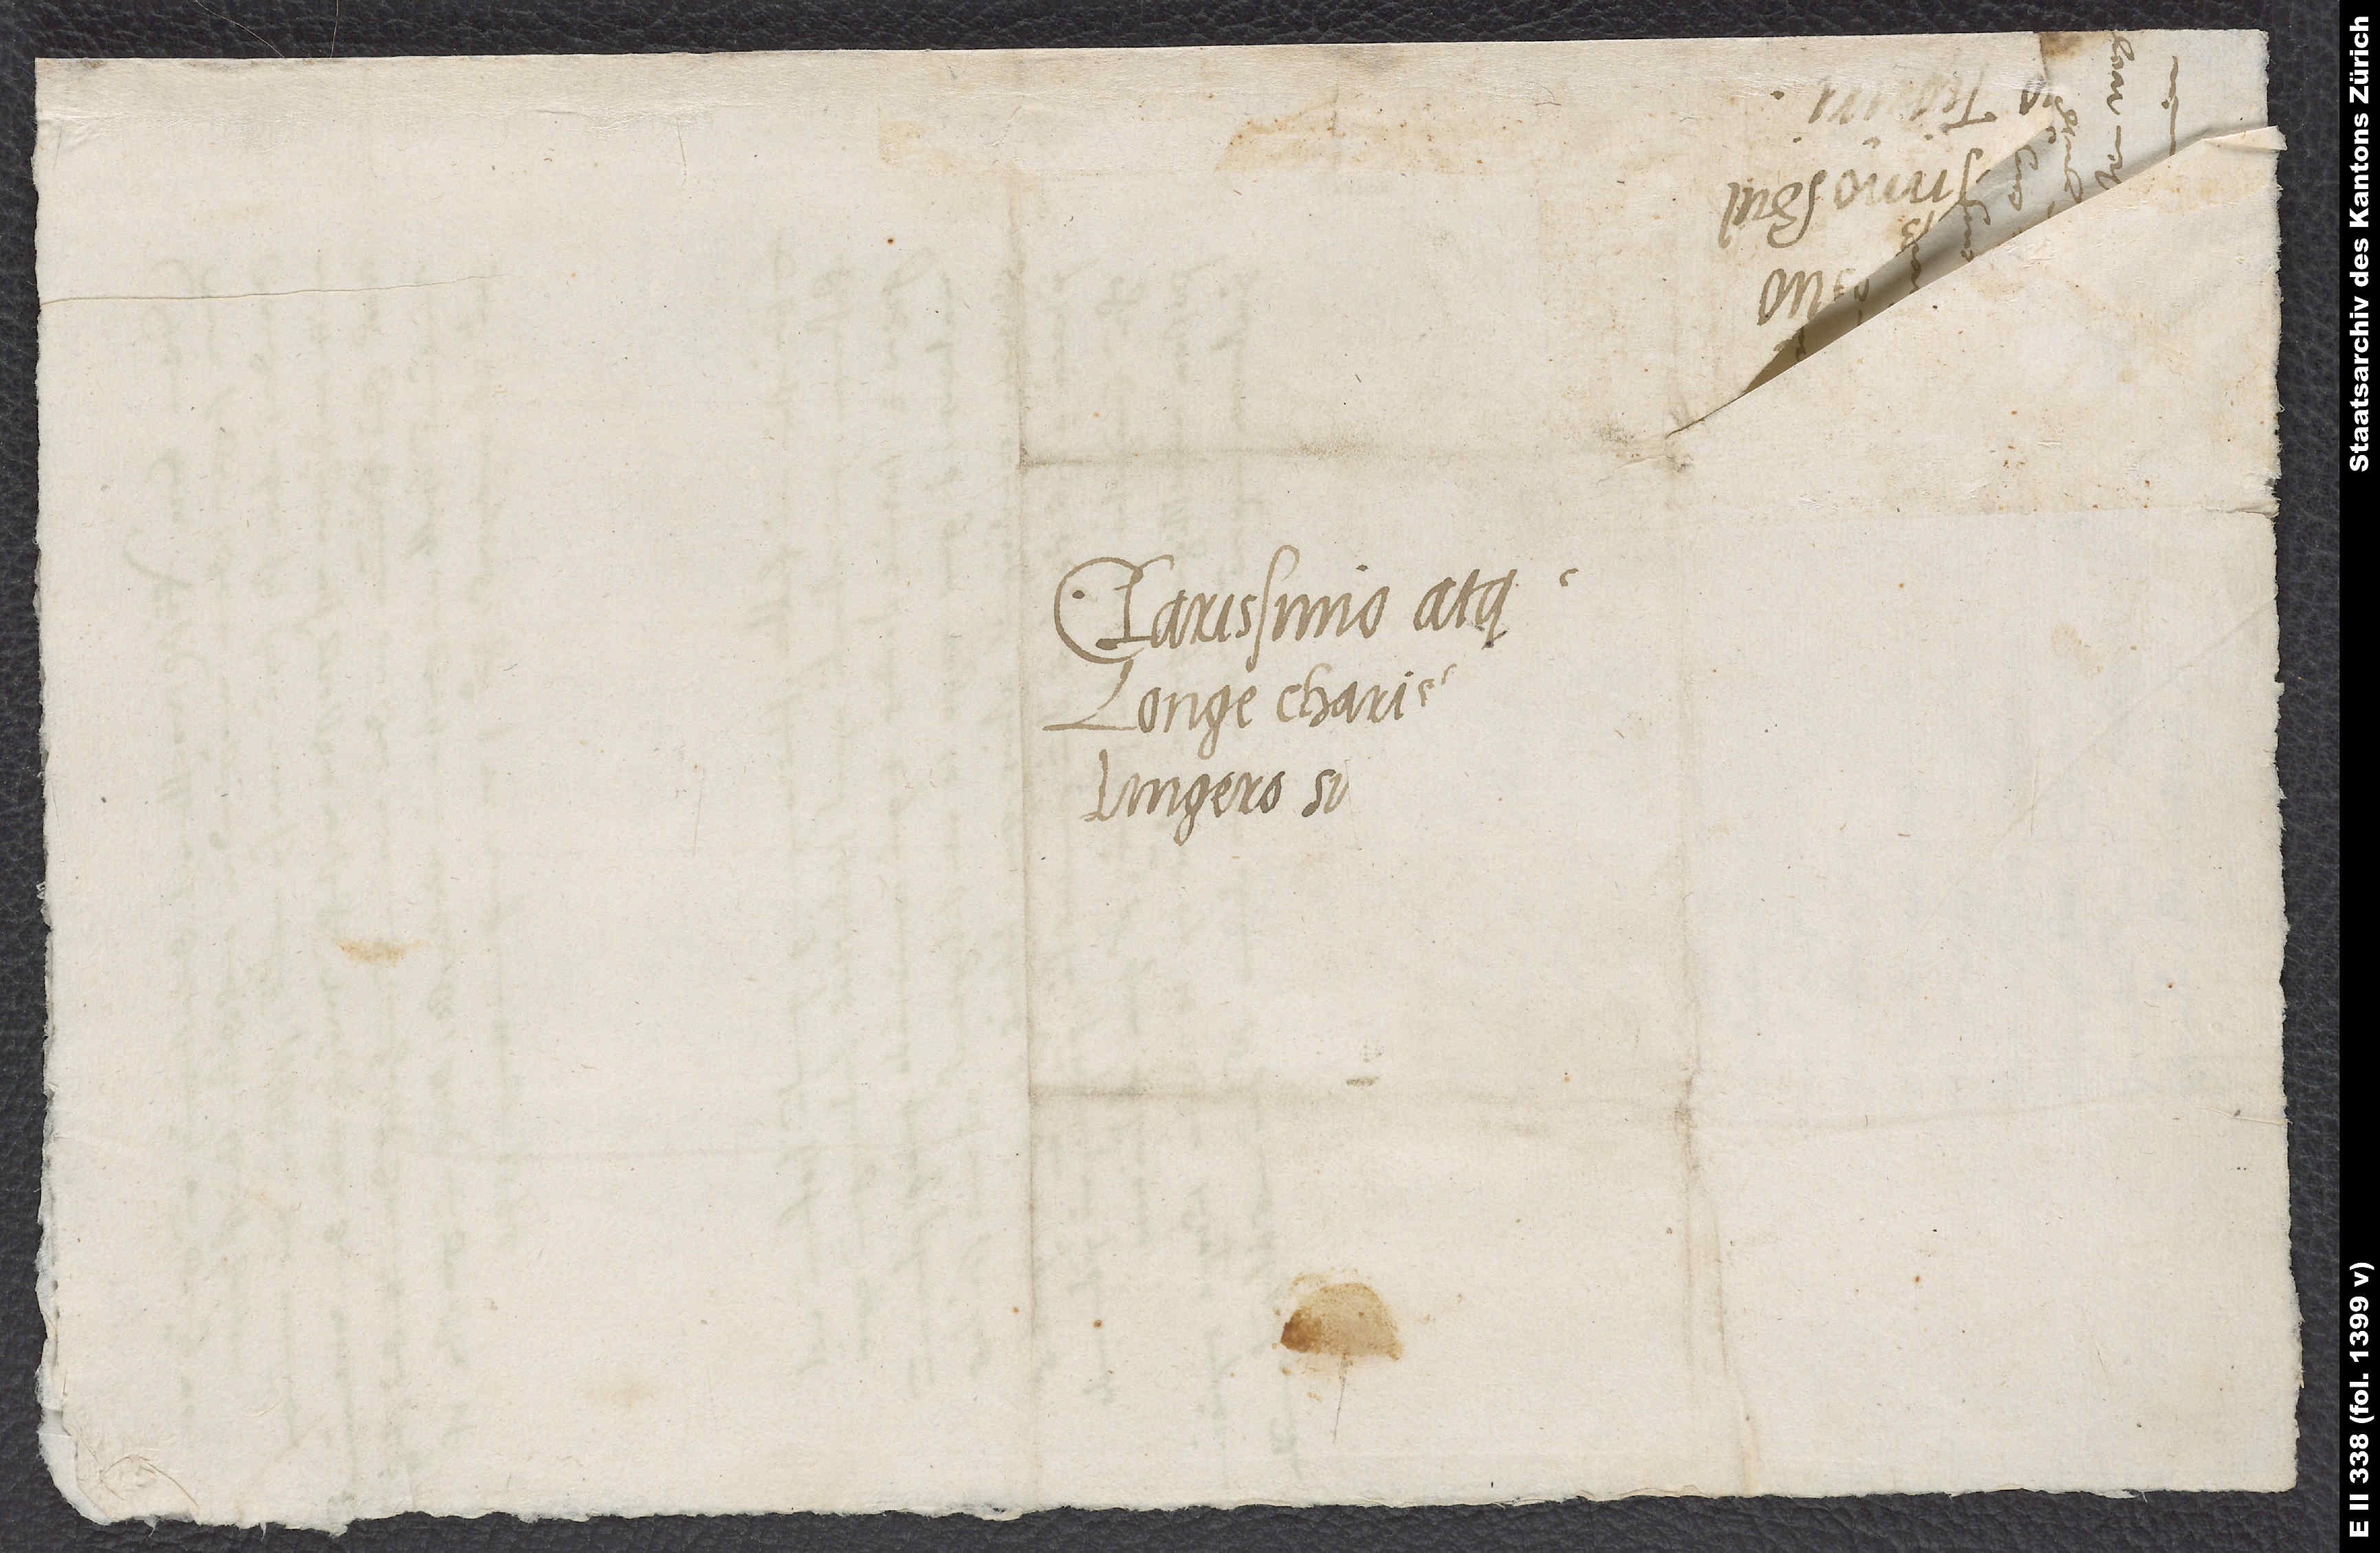
Clarissimo atq.